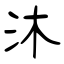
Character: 沐